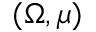
( \Omega , \mu )